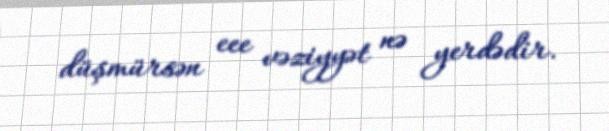
düşmürsən eee vəziyyət nə yerdədir.